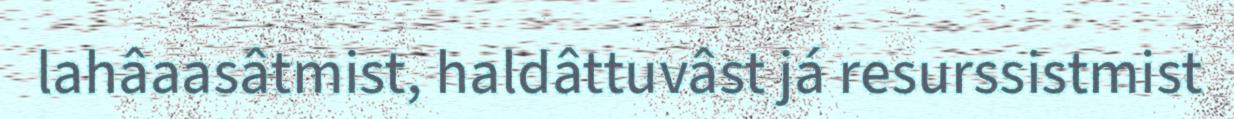
lahâaasâtmist, haldâttuvâst já resurssistmist